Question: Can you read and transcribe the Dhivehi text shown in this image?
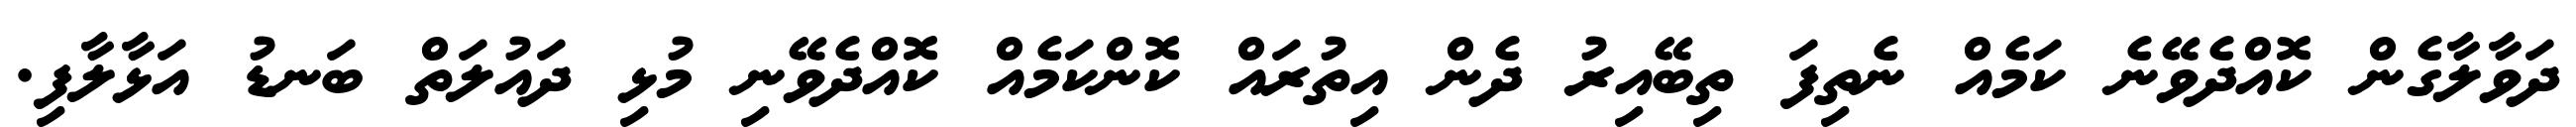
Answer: ދަވާލާގެން ކޮއްދެވޭނެ ކަމެއް ނެތިފަ ތިބޭއިރު ދެން އިތުރައް ކޮންކަމެއް ކޮއްދެވޭނި މުޅި ދައުލަތް ބަނޑު އަޅާލާފި.